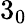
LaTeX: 3_{0}